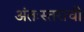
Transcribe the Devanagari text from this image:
अंतःस्तराची